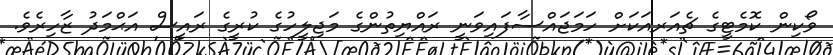
ވޯކިން ކޮމެޓީގެ ޗެއަރއަކަށް ހަމަޖައްސާފައިވަނީ ރައްޔިތުންގެ މަޖިލީހުގެ ކުރީގެ ރައީސް އަޙްމަދު ޒާހިރެވެ.